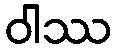
ဝါဿ